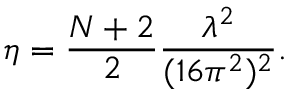
\eta = \frac { N + 2 } { 2 } \frac { \lambda ^ { 2 } } { ( 1 6 \pi ^ { 2 } ) ^ { 2 } } .